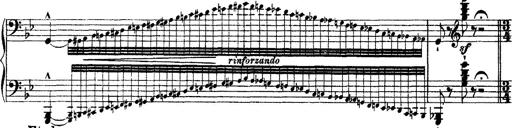
Title: Grandes Ã©tudes de Paganini
Composer: Franz Liszt